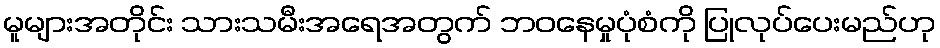
မူများအတိုင်း သားသမီးအရေအတွက် ဘဝနေမှုပုံစံကို ပြုလုပ်ပေးမည်ဟု